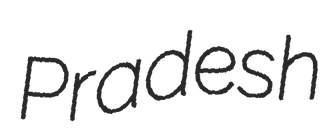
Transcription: Pradesh